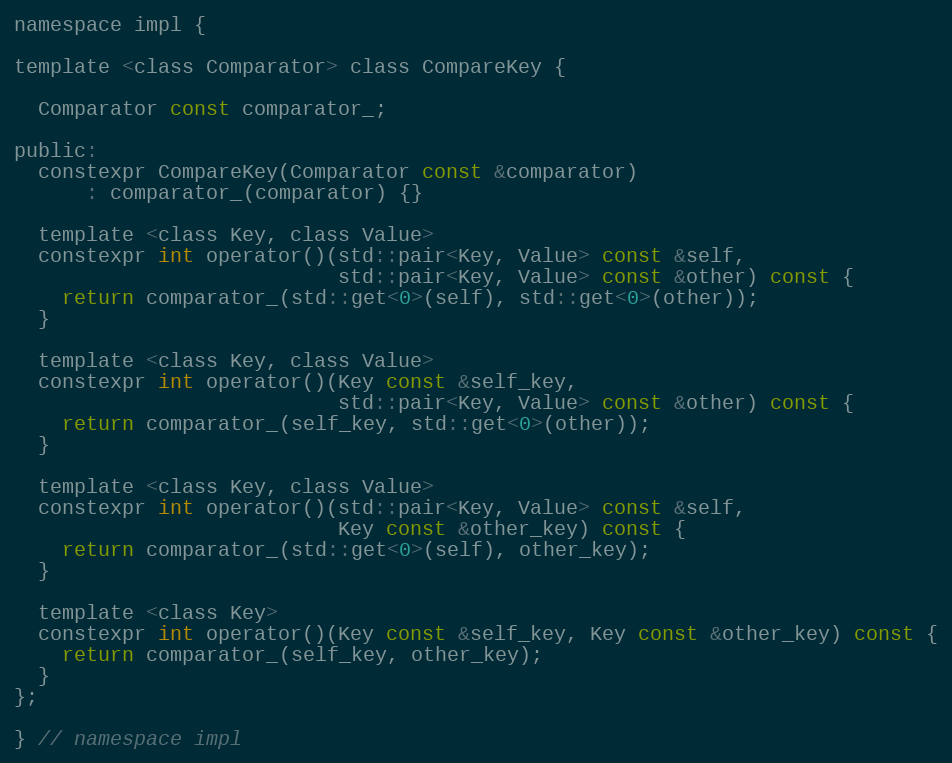
Language: C
namespace impl {

template <class Comparator> class CompareKey {

  Comparator const comparator_;

public:
  constexpr CompareKey(Comparator const &comparator)
      : comparator_(comparator) {}

  template <class Key, class Value>
  constexpr int operator()(std::pair<Key, Value> const &self,
                           std::pair<Key, Value> const &other) const {
    return comparator_(std::get<0>(self), std::get<0>(other));
  }

  template <class Key, class Value>
  constexpr int operator()(Key const &self_key,
                           std::pair<Key, Value> const &other) const {
    return comparator_(self_key, std::get<0>(other));
  }

  template <class Key, class Value>
  constexpr int operator()(std::pair<Key, Value> const &self,
                           Key const &other_key) const {
    return comparator_(std::get<0>(self), other_key);
  }

  template <class Key>
  constexpr int operator()(Key const &self_key, Key const &other_key) const {
    return comparator_(self_key, other_key);
  }
};

} // namespace impl